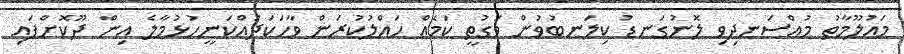
މައުލޫމާތު މުއްސަނދިވި ލޮނުގަނޑު ކިލަނބުވުން ވަގުތީ ކަމެއް ހައްލުކުރަން ވާހަކަދައްކަނީހުޅުމާލެ އިން ދޫކޮށްފައި